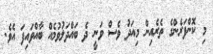
މި ކޮންފަރެންގެ ތެރެއިން މިއަދު ވެސް ވަނީ ދެ ބައްދަލުވުމެއް ބާއްވައިފަ އެވެ.